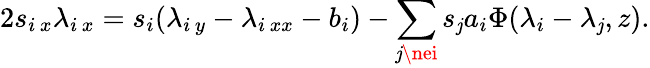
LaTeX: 2s_{i\, x}\lambda_{i\, x}=s_{i}(\lambda_{i\, y}-\lambda_{i\, xx}-b_{i})-\sum_{\mathit{j}\nei}s_{\mathit{j}}a_{i}\Phi(\lambda_{i}-\lambda_{\mathit{j}},z).